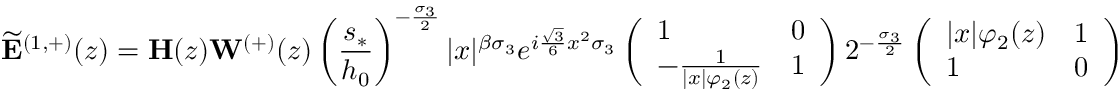
\widetilde { \mathbf { E } } ^ { ( 1 , + ) } ( z ) = \mathbf { H } ( z ) \mathbf { W } ^ { ( + ) } ( z ) \left( \frac { s _ { * } } { h _ { 0 } } \right) ^ { - \frac { \sigma _ { 3 } } { 2 } } | x | ^ { { \beta } \sigma _ { 3 } } e ^ { i \frac { \sqrt { 3 } } { 6 } x ^ { 2 } \sigma _ { 3 } } \left( \begin{array} { l l } { 1 } & { 0 } \\ { - \frac { 1 } { | x | \varphi _ { 2 } ( z ) } } & { 1 } \end{array} \right) 2 ^ { - \frac { \sigma _ { 3 } } { 2 } } \left( \begin{array} { l l } { | x | \varphi _ { 2 } ( z ) } & { 1 } \\ { 1 } & { 0 } \end{array} \right)